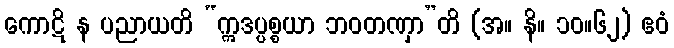
ကောဋိ န ပညာယတိ “ဣဒပ္ပစ္စယာ ဘဝတဏှာ”တိ (အ။ နိ။ ၁၀။၆၂) ဧဝံ